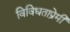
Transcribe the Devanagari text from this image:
विविधताप्रेमी